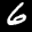
Label: 6